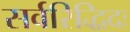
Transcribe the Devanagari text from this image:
सर्वरिद्धिदः